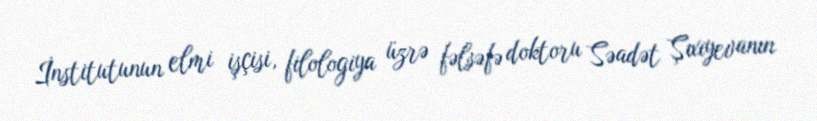
İnstitutunun elmi işçisi, filologiya üzrə fəlsəfə doktoru Səadət Şıxıyevanın